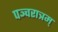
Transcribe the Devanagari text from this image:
पञ्चरात्रम्‌